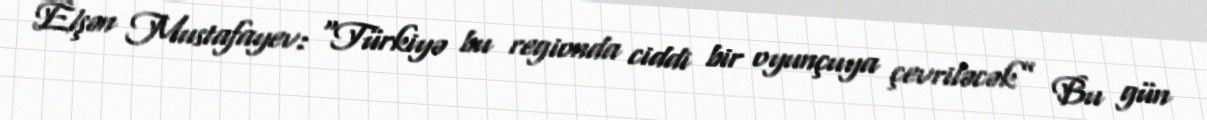
Elşən Mustafayev: “Türkiyə bu regionda ciddi bir oyunçuya çevriləcək” Bu gün